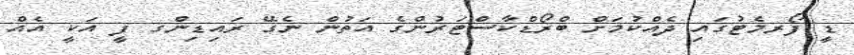
ޑީ ފޯރމެޓުގައި ދެއްކުމަށް ބްރޯޑްކާސްޓަރުންގެ އަތުން ނެގޭ ރައިޑިންގ ފީ އަކީ އެއް